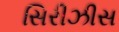
સિરીઝીસ